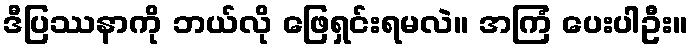
ဒီပြဿနာကို ဘယ်လို ဖြေရှင်းရမလဲ။ အကြံ ပေးပါဦး။